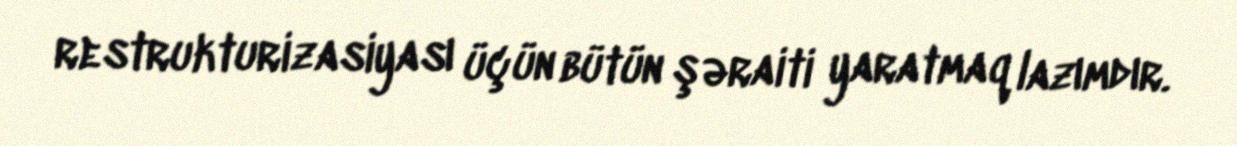
restrukturizasiyası üçün bütün şəraiti yaratmaq lazımdır.